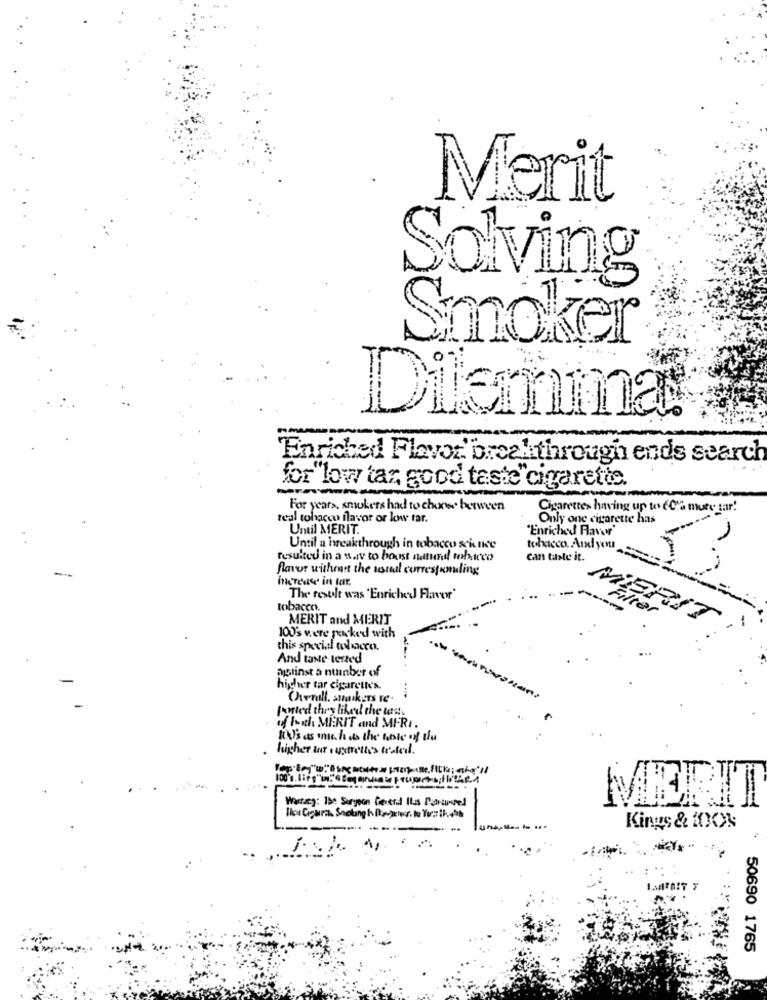
Merit
Solving
Smoker
Dilemma
Enriched Flavor breakthrough ends search
for"low tar good taste" cigarette.
For years, snikers had to choose howven
Cigarettes having up to 6Cia mute tar!
real tobacco flavor or low tar.
Only one cigarette has
Until MERIT.
Enriched Flavor'
Until a breakthrough in tobacco science
tobacco. And yonu
resulted in a way to boost natund tobacco
can taste it.
flavor withenet the ustal correspondling
increase in tar,
The result was 'Enriched Flavor"
tobacco.
Filter
MERIT and MERIT
MERIT
100's were packed with
this special tolmacco.
And taste terted
austinst a number of
higher tar cigarettes.
Cherull, snackers re.
fonted they liked the tas !.
of borth MEERIT and MFRI.
KO's as much as the tale of the
higher tar ourettes testeil.
Warzy: 1>: Surgeon General It's Parusted
MERIT
Kings & XXX
MITOST Y
50690 1765